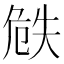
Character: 𠝰